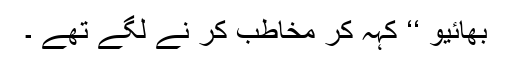
بھائیو ‘‘ کہہ کر مخاطب کر نے لگے تھے ۔